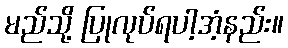
မည်သို့ ပြုလုပ်ရပါ့အံ့နည်း။